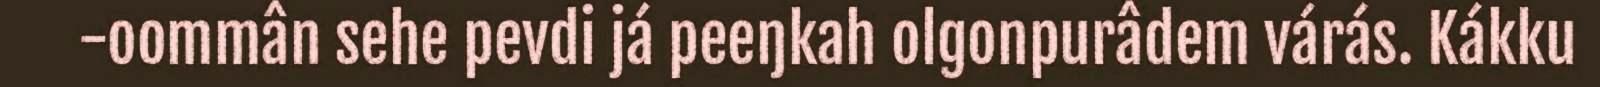
-oommân sehe pevdi já peeŋkah olgonpurâdem várás. Kákku